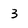
Character: 3